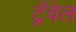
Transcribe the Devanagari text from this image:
ट्रॅवेल